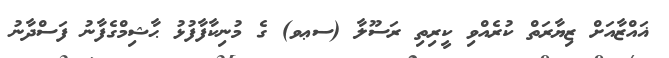
ޣައްޒާއަށް ޒިޔާރަތް ކުރެއްވި ކީރިތި ރަސޫލާ (ސޢވ) ގެ މުނިކާފާފުޅު ޙާޝިމްގެފާނު ފަސްދާނު